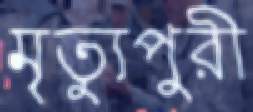
মৃত্যুপুরী